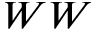
W W